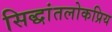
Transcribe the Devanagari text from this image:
सिद्धांतलोकप्रिय